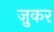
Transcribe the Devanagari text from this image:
ज़ुकर